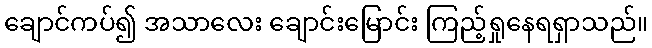
ချောင်ကပ်၍ အသာလေး ချောင်းမြောင်း ကြည့်ရှုနေရရှာသည်။